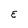
Character: E